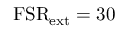
\mathrm { F S R } _ { \mathrm { e x t } } = 3 0